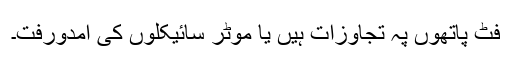
فٹ پاتھوں پہ تجاوزات ہیں یا موٹر سائیکلوں کی آمدورفت۔